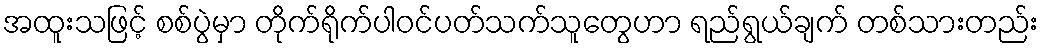
အထူးသဖြင့် စစ်ပွဲမှာ တိုက်ရိုက်ပါဝင်ပတ်သက်သူတွေဟာ ရည်ရွယ်ချက် တစ်သားတည်း